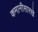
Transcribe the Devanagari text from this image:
कमानीसारखे